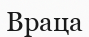
Враца